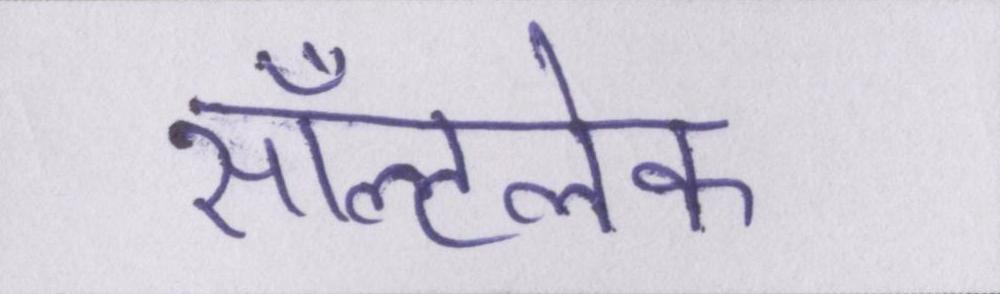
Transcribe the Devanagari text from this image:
सॉल्टलेक